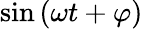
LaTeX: \sin{(\omega t+\varphi)}